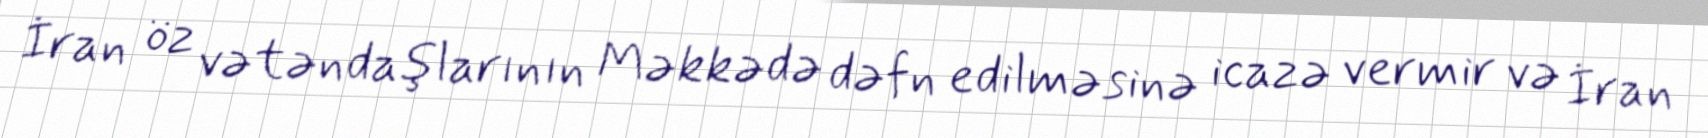
İran öz vətəndaşlarının Məkkədə dəfn edilməsinə icazə vermir və İran